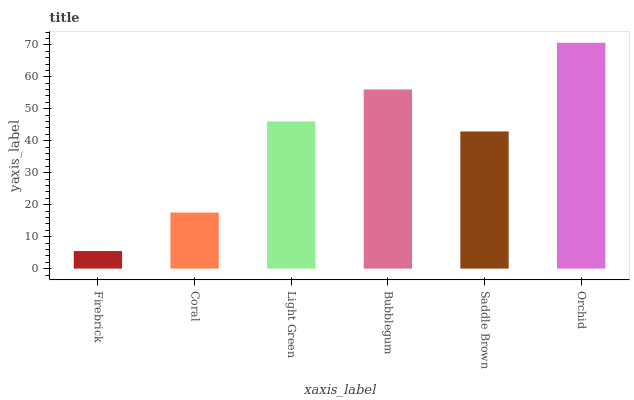
| xaxis_label | bars |
 | --- | --- |
 | Firebrick | 5.49 |
 | Coral | 17.5 |
 | Light Green | 46 |
 | Bubblegum | 56 |
 | Saddle Brown | 42.9 |
 | Orchid | 70.6 |